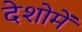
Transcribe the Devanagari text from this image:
देशोमें